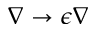
\nabla \rightarrow \epsilon \nabla